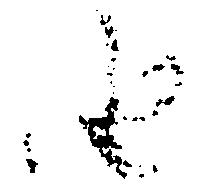
由